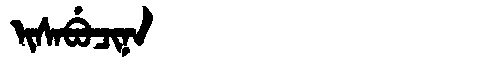
Manchu: ᡳᠰᠠᠪᡠᠴᡳᠨᠠ
Romanization: ISABUCINA